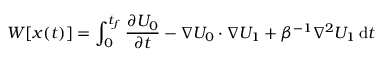
W [ { \boldsymbol { x } } ( t ) ] = \int _ { 0 } ^ { t _ { f } } \frac { \partial U _ { 0 } } { \partial t } - \nabla U _ { 0 } \cdot \nabla U _ { 1 } + \beta ^ { - 1 } \nabla ^ { 2 } U _ { 1 } \, \mathrm { d } t